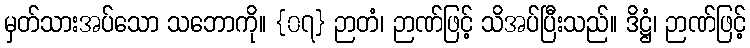
မှတ်သားအပ်သော သဘောကို။ {၀၇} ဉာတံ၊ ဉာဏ်ဖြင့် သိအပ်ပြီးသည်။ ဒိဋ္ဌံ၊ ဉာဏ်ဖြင့်